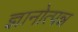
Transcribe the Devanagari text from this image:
ज्ञानोत्पन्न